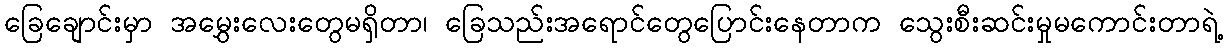
ခြေချောင်းမှာ အမွှေးလေးတွေမရှိတာ၊ ခြေသည်းအရောင်တွေပြောင်းနေတာက သွေးစီးဆင်းမှုမကောင်းတာရဲ့